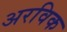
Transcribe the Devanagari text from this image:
अरविक